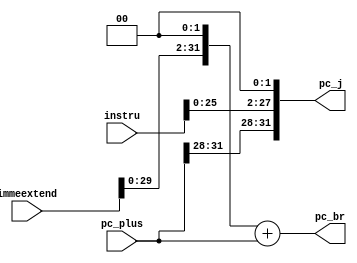
`timescale 1ns / 1ps
//////////////////////////////////////////////////////////////////////////////////
// Company: 
// Engineer: 
// 
// Design Name: 
// Module Name: npc
// Project Name: 
// Target Devices: 
// Tool Versions: 
// Description: 
// 
// Dependencies: 
// 
// Revision:
// Revision 0.01 - File Created
// Additional Comments:
// 
//////////////////////////////////////////////////////////////////////////////////


module npc(input [31:0] instru,
           input [31:0] immeextend,pc_plus,
           output [31:0] pc_br,pc_j
            );
           
           wire [25:0] j;
           wire [31:0] immeextendsll;              
           wire [27:0] jextend;  //pc jump
           
           assign j = instru [25:0];
           assign jextend = {j,2'b00};
           assign immeextendsll = {immeextend[29:0],2'b00};
           assign pc_br = immeextendsll+pc_plus;             //pc branch
           assign pc_j = {pc_plus [31:28],jextend};        //pc jump
endmodule